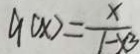
9 ( x ) = \frac { x } { 1 - x 3 }